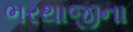
ભરથાજીના